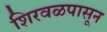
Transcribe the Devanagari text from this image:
शिरवळपासून